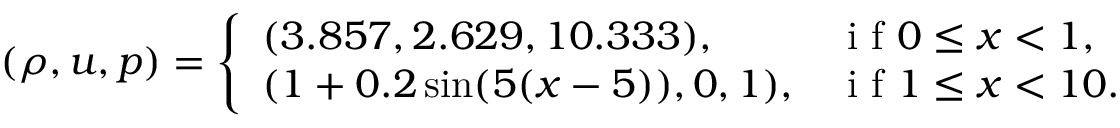
( \rho , u , p ) = \left\{ \begin{array} { l l } { ( 3 . 8 5 7 , 2 . 6 2 9 , 1 0 . 3 3 3 ) , } & { \mathrm { ~ i ~ f ~ } 0 \leq x < 1 , } \\ { ( 1 + 0 . 2 \sin ( 5 ( x - 5 ) ) , 0 , 1 ) , } & { \mathrm { ~ i ~ f ~ } 1 \leq x < 1 0 . } \end{array} \right.